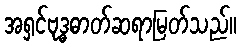
အရှင်ဗုဒ္ဓဓာတ်ဆရာမြတ်သည်။